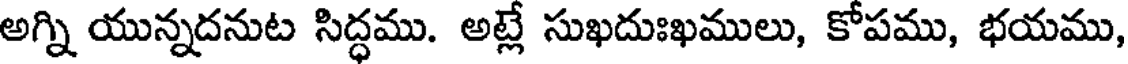
అగ్ని యున్నదనుట సిద్ధము. అట్లే సుఖదుఃఖములు, కోపము, భయము,